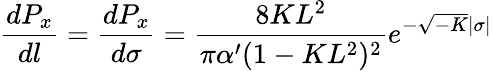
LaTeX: \frac{dP_{x}}{dl}=\frac{dP_{x}}{d\sigma}=\frac{8KL^{2}}{\pi\alpha^{\prime}(1-KL^{2})^{2}}e^{-\sqrt{-K}\mid\sigma\mid}